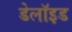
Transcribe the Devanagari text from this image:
डेलॉइड